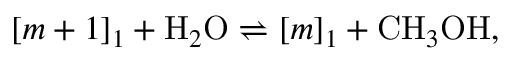
[ m + 1 ] _ { 1 } + \mathrm { H } _ { 2 } \mathrm { O } \rightleftharpoons [ m ] _ { 1 } + \mathrm { C H } _ { 3 } \mathrm { O H } ,